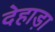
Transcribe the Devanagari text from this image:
देहाड़ा